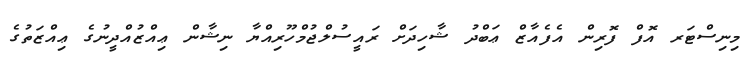
މިނިސްޓަރ އޮފް ފޮރިން އެފެއާޒް ޢަބްދު ޝާހިދަށް ރައީސުލްޖުމްހޫރިއްޔާ ނިޝާން ޢިއްޒުއްދީނުގެ ޢިއްޒަތުގެ